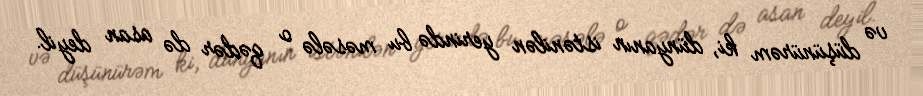
və düşünürəm ki, dünyanın istənilən yerində bu məsələ o qədər də asan deyil.